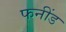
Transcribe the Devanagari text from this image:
फनींड